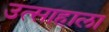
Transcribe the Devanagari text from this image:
उत्साहाला